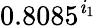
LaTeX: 0.8085^{\mathit{i}_{1}}